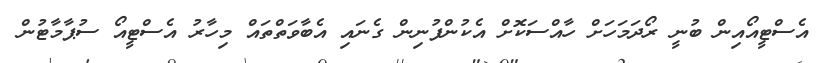
އެސްޓީއޯއިން ބުނީ ރޯދަމަހަށް ހާއްސަކޮށް އެކުންފުނިން ގެނައި އެބާވަތްތައް މިހާރު އެސްޓީއޯ ސުޕާމާޓުން